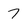
Character: 7